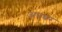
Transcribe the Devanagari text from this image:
अपंबर